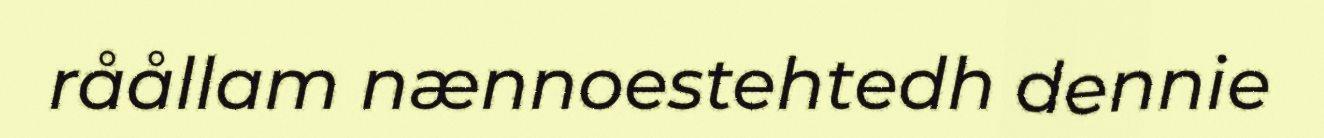
råållam nænnoestehtedh dennie